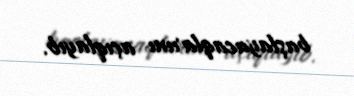
başlayacaqlarını açıqlayıb.